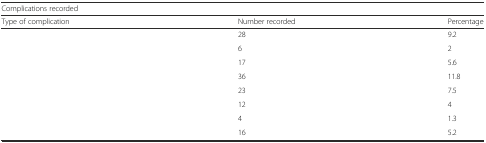
<table><thead><tr><td colspan="3"><b>Complications recorded</b></td></tr><tr><td><b>Type of complication</b></td><td><b>Number recorded</b></td><td><b>Percentage</b></td></tr></thead><tbody><tr><td>[EMPTY_CELL]</td><td>28</td><td>9.2</td></tr><tr><td>[EMPTY_CELL]</td><td>6</td><td>2</td></tr><tr><td>[EMPTY_CELL]</td><td>17</td><td>5.6</td></tr><tr><td>[EMPTY_CELL]</td><td>36</td><td>11.8</td></tr><tr><td>[EMPTY_CELL]</td><td>23</td><td>7.5</td></tr><tr><td>[EMPTY_CELL]</td><td>12</td><td>4</td></tr><tr><td>[EMPTY_CELL]</td><td>4</td><td>1.3</td></tr><tr><td>[EMPTY_CELL]</td><td>16</td><td>5.2</td></tr></tbody></table>